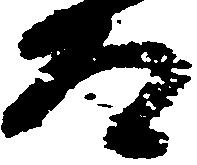
道